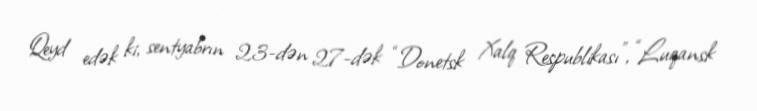
Qeyd edək ki, sentyabrın 23-dən 27-dək “Donetsk Xalq Respublikası”, “Luqansk